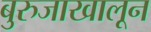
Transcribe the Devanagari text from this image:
बुरुजाखालून